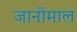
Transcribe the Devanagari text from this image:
जानोमाल